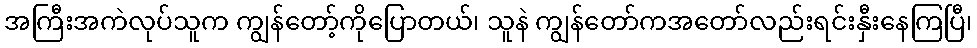
အကြီးအကဲလုပ်သူက ကျွန်တော့်ကိုပြောတယ်၊ သူနဲ ကျွန်တော်ကအတော်လည်းရင်းနှီးနေကြပြီ၊